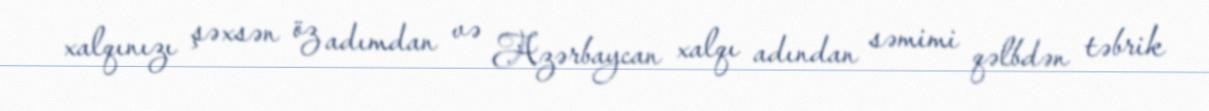
xalqınızı şəxsən öz adımdan və Azərbaycan xalqı adından səmimi qəlbdən təbrik